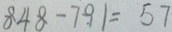
8 4 8 - 7 9 1 = 5 7